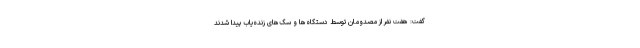
گفت: هفت نفر از مصدومان توسط دستگاه‌ها و سگ‌های زنده‌یاب پیدا شدند